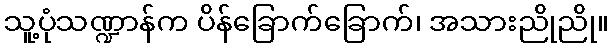
သူ့ပုံသဏ္ဍာန်က ပိန်ခြောက်ခြောက်၊ အသားညိုညို။